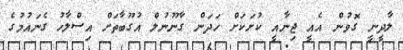
ލާދީނީ ގޮވުން އެއީ ޖިނާއީ ކުށަކަށް ހަދަން ގާނޫނުލް އުގޫބާތަށް އިސްލާހު ގެނައުމުގެ